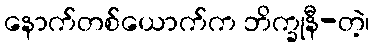
နောက်တစ်ယောက်က ဘိက္ခုနီ-တဲ့၊